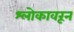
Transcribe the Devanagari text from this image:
श्लोकावरून